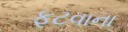
ફૂટવાના